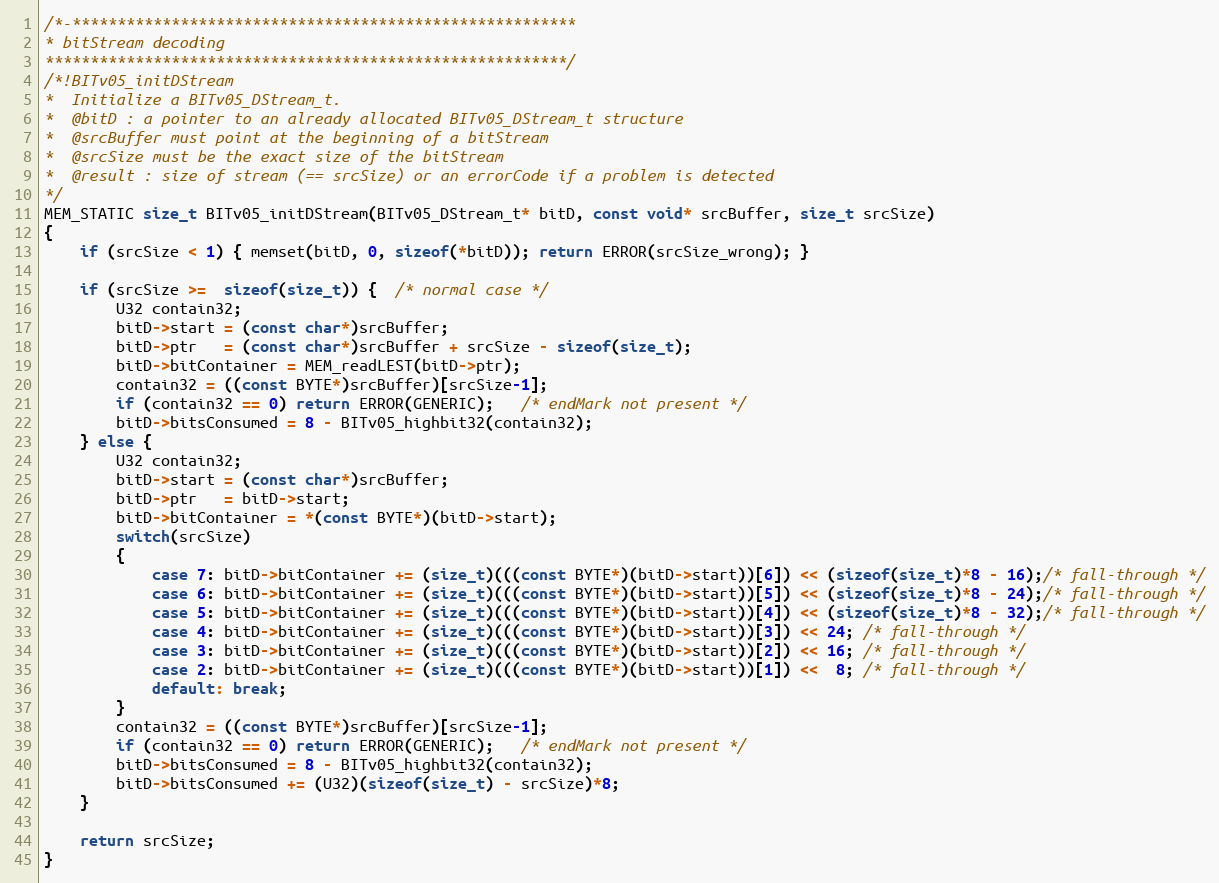
Language: C
/*-********************************************************
* bitStream decoding
**********************************************************/
/*!BITv05_initDStream
*  Initialize a BITv05_DStream_t.
*  @bitD : a pointer to an already allocated BITv05_DStream_t structure
*  @srcBuffer must point at the beginning of a bitStream
*  @srcSize must be the exact size of the bitStream
*  @result : size of stream (== srcSize) or an errorCode if a problem is detected
*/
MEM_STATIC size_t BITv05_initDStream(BITv05_DStream_t* bitD, const void* srcBuffer, size_t srcSize)
{
    if (srcSize < 1) { memset(bitD, 0, sizeof(*bitD)); return ERROR(srcSize_wrong); }

    if (srcSize >=  sizeof(size_t)) {  /* normal case */
        U32 contain32;
        bitD->start = (const char*)srcBuffer;
        bitD->ptr   = (const char*)srcBuffer + srcSize - sizeof(size_t);
        bitD->bitContainer = MEM_readLEST(bitD->ptr);
        contain32 = ((const BYTE*)srcBuffer)[srcSize-1];
        if (contain32 == 0) return ERROR(GENERIC);   /* endMark not present */
        bitD->bitsConsumed = 8 - BITv05_highbit32(contain32);
    } else {
        U32 contain32;
        bitD->start = (const char*)srcBuffer;
        bitD->ptr   = bitD->start;
        bitD->bitContainer = *(const BYTE*)(bitD->start);
        switch(srcSize)
        {
            case 7: bitD->bitContainer += (size_t)(((const BYTE*)(bitD->start))[6]) << (sizeof(size_t)*8 - 16);/* fall-through */
            case 6: bitD->bitContainer += (size_t)(((const BYTE*)(bitD->start))[5]) << (sizeof(size_t)*8 - 24);/* fall-through */
            case 5: bitD->bitContainer += (size_t)(((const BYTE*)(bitD->start))[4]) << (sizeof(size_t)*8 - 32);/* fall-through */
            case 4: bitD->bitContainer += (size_t)(((const BYTE*)(bitD->start))[3]) << 24; /* fall-through */
            case 3: bitD->bitContainer += (size_t)(((const BYTE*)(bitD->start))[2]) << 16; /* fall-through */
            case 2: bitD->bitContainer += (size_t)(((const BYTE*)(bitD->start))[1]) <<  8; /* fall-through */
            default: break;
        }
        contain32 = ((const BYTE*)srcBuffer)[srcSize-1];
        if (contain32 == 0) return ERROR(GENERIC);   /* endMark not present */
        bitD->bitsConsumed = 8 - BITv05_highbit32(contain32);
        bitD->bitsConsumed += (U32)(sizeof(size_t) - srcSize)*8;
    }

    return srcSize;
}